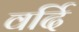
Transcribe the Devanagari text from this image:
वर्दि